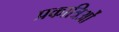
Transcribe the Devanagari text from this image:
प्रकात्रिओं